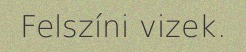
Felszíni vizek.